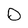
Character: O